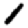
Digit: 1